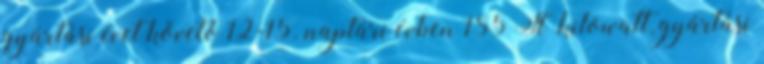
gyártási évet követő 12-15. naptári évben 185 Ft kilowatt, gyártási